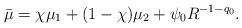
LaTeX: \begin{align*}\bar{\mu} = \chi \mu_1 + (1-\chi) \mu_2 + \psi_0 R^{-1-q_0}.\end{align*}